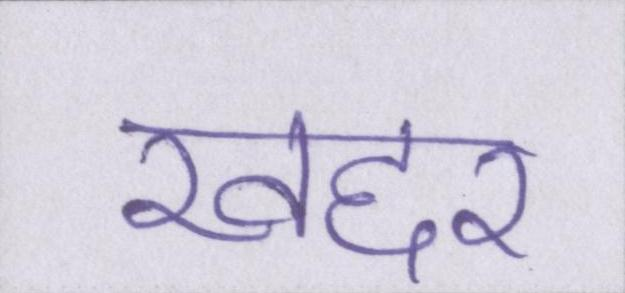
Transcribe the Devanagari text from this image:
खद्दर